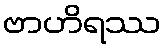
ဗာဟိရဿ